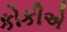
કોકીએ